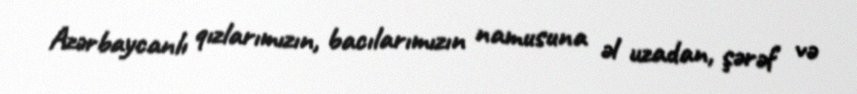
Azərbaycanlı qızlarımızın, bacılarımızın namusuna əl uzadan, şərəf və